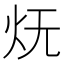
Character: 𭴊